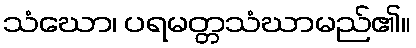
သံဃော၊ ပရမတ္တသံဃာမည်၏။